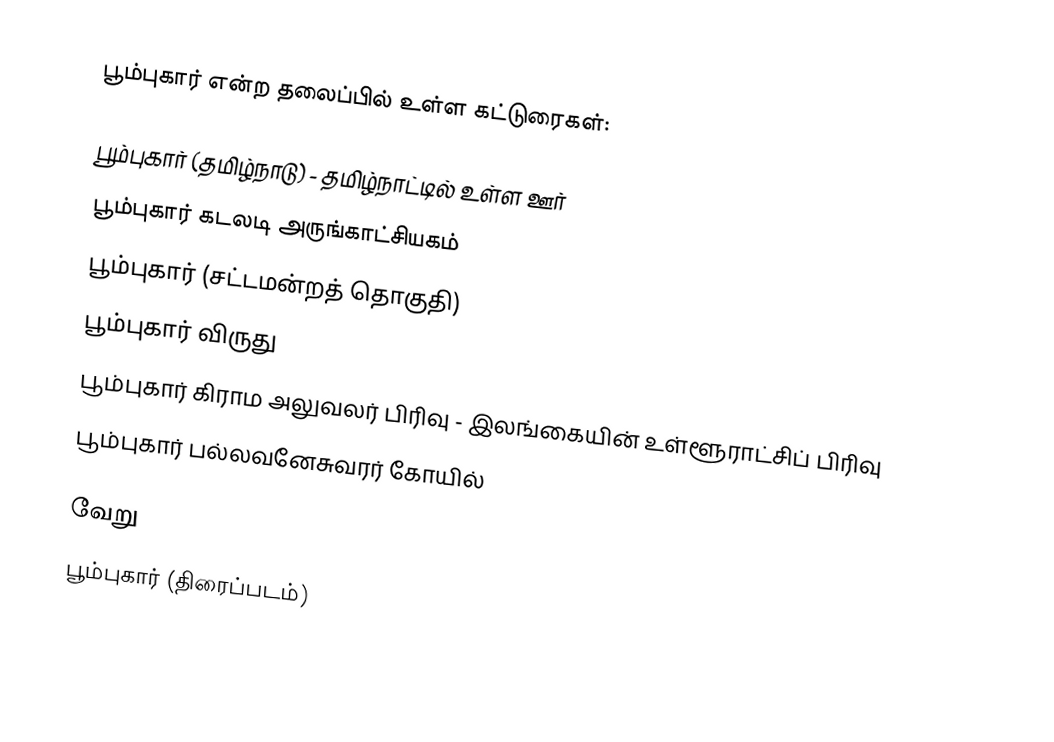
பூம்புகார் என்ற தலைப்பில் உள்ள கட்டுரைகள்:

 பூம்புகார் (தமிழ்நாடு) - தமிழ்நாட்டில் உள்ள ஊர்
 பூம்புகார் கடலடி அருங்காட்சியகம்
 பூம்புகார் (சட்டமன்றத் தொகுதி)
 பூம்புகார் விருது
 பூம்புகார் கிராம அலுவலர் பிரிவு - இலங்கையின் உள்ளூராட்சிப் பிரிவு
 பூம்புகார் பல்லவனேசுவரர் கோயில்

வேறு
 பூம்புகார் (திரைப்படம்)